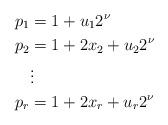
LaTeX: \begin{align*} p_1 & = 1 + u_1 2^\nu \\ p_2 & = 1 + 2x_2 + u_2 2^\nu \\ & \vdots \\ p_r & = 1 + 2x_r + u_r 2^\nu \\\end{align*}